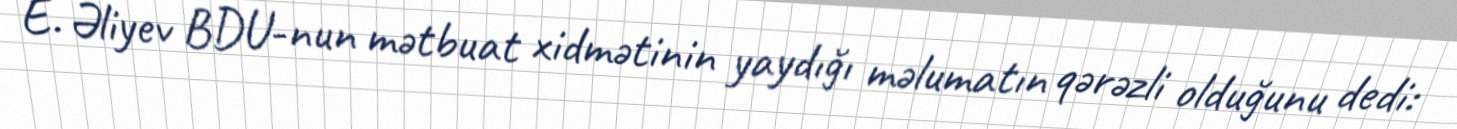
E. Əliyev BDU-nun mətbuat xidmətinin yaydığı məlumatın qərəzli olduğunu dedi: